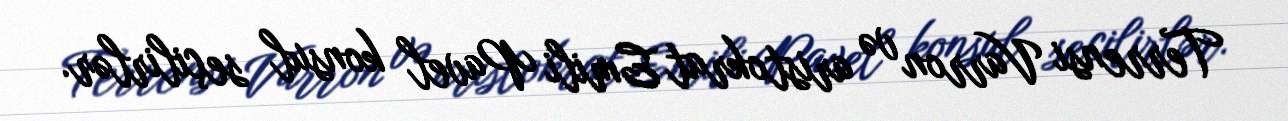
Terrensi Varron və aristokrat Emili Pavel konsul seçilirlər.